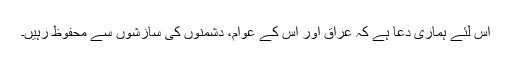
اس لئے ہماری دعا ہے کہ عراق اور اس کے عوام، دشمنوں کی سازشوں سے محفوظ رہیں۔